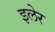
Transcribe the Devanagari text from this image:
इलेर